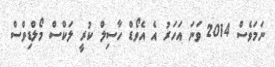
ނަމަވެސް 2014 ވަނަ އަހަރު އެ އެވޯޑް ހާސިލް ކުރީ ލަކްސް މޯލްޑިވްސް